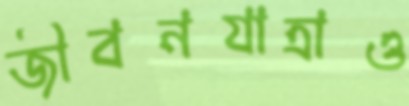
জীবনযাত্রাও